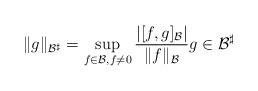
LaTeX: \begin{align*}\Vert g \Vert_{\mathcal{B}^{\sharp}}=\sup_{f\in \mathcal{B},f\neq 0}\dfrac{\vert [f,g]_\mathcal{B}\vert}{\Vert f \Vert_{\mathcal{B}}} g\in \mathcal{B}^{\sharp}\end{align*}